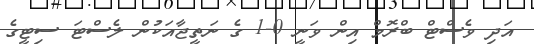
އަދި ވެސްޓް ބްރޮމް އިން ވަނީ 0-1 ގެ ނަތީޖާއަކުން ލެސްޓަ ސިޓީގެ